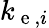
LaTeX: k_{\mathrm{~e~},i}